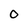
Character: O